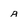
Character: a